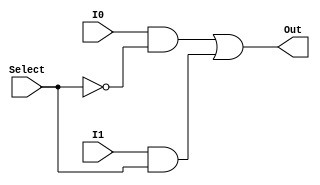
module AD_MUX
(
	input I0,
	input I1,
	input Select,
	output Out
);

assign Out = (I0 & ~Select) | (I1 & Select);
endmodule